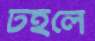
টহলে